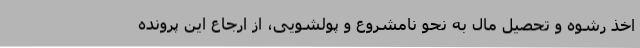
اخذ رشوه و تحصیل مال به نحو نامشروع و پولشویی، از ارجاع این پرونده